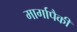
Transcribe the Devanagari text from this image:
मार्गापैकी